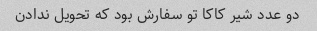
دو عدد شیر کاکا تو سفارش بود که تحویل ندادن